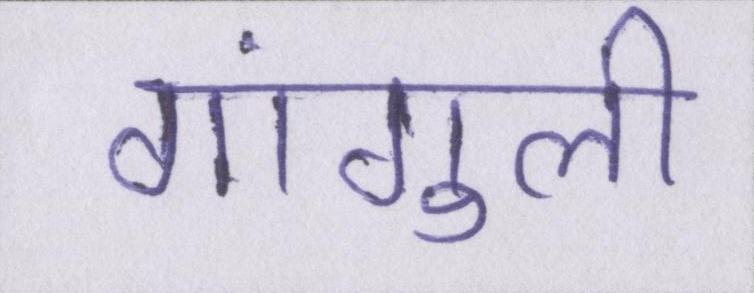
गांगुली